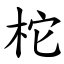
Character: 柁